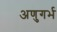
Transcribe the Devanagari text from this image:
अणुगर्भ